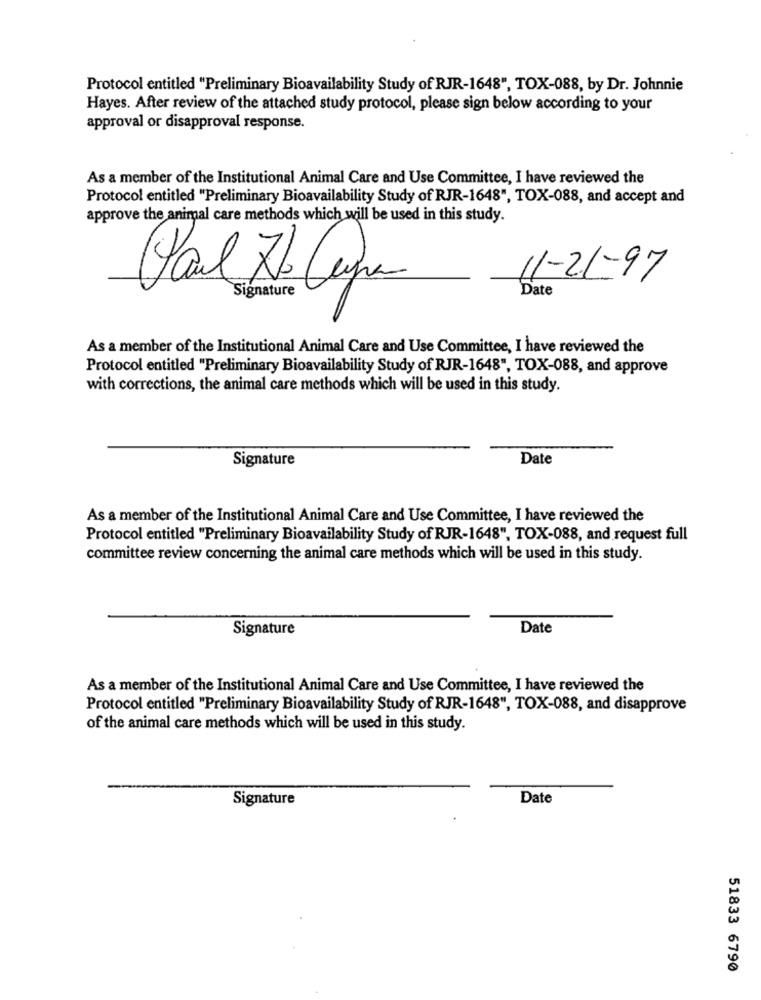
Protocol entitled "Preliminary Bioavailability Study of RJR-1648", TOX-088, by Dr. Johnnie
Hayes. After review of the attached study protocol, please sign below according to your
approval or disapproval response.
As a member of the Institutional Animal Care and Use Committee, I have reviewed the
Protocol entitled "Preliminary Bioavailability Study of RJR-1648", TOX-088, and accept and
approve the animal care methods which will be used in this study.
11-21-97
Val Ho Capa
Signature
Date
As a member of the Institutional Animal Care and Use Committee, I have reviewed the
Protocol entitled "Preliminary Bioavailability Study of RJR-1648", TOX-088, and approve
with corrections, the animal care methods which will be used in this study.
Signature
Date
As a member of the Institutional Animal Care and Use Committee, I have reviewed the
Protocol entitled "Preliminary Bioavailability Study of RJR-1648", TOX-088, and request full
committee review concerning the animal care methods which will be used in this study.
Signature
Date
As a member of the Institutional Animal Care and Use Committee, I have reviewed the
Protocol entitled "Preliminary Bioavailability Study of RJR-1648", TOX-088, and disapprove
of the animal care methods which will be used in this study.
Signature
Date
51833 6790